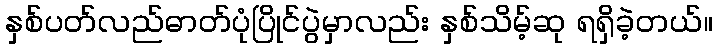
နှစ်ပတ်လည်ဓာတ်ပုံပြိုင်ပွဲမှာလည်း နှစ်သိမ့်ဆု ရရှိခဲ့တယ်။